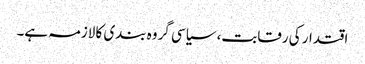
اقتدار کی رقابت، سیاسی گروہ بندی کا لازمہ ہے۔